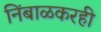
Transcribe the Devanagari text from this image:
निंबाळकरही